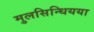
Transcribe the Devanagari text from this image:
मुलसिन्धियया